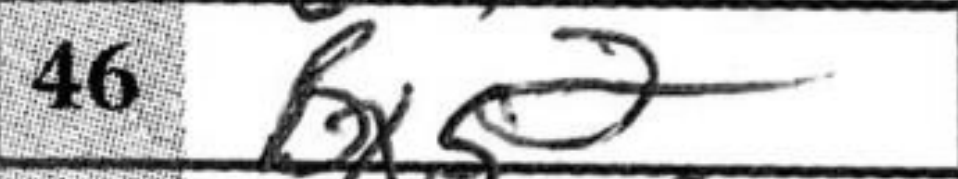
Transcription: Bxg2